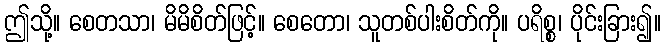
ဤသို့။ စေတသာ၊ မိမိစိတ်ဖြင့်။ စေတော၊ သူတစ်ပါးစိတ်ကို။ ပရိစ္စ၊ ပိုင်းခြား၍။